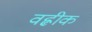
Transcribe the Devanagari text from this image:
वह्लीक